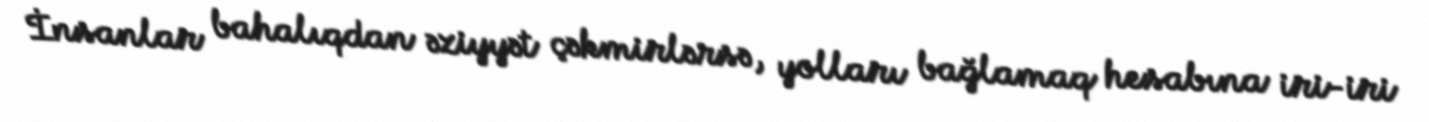
İnsanlar bahalıqdan əziyyət çəkmirlərsə, yolları bağlamaq hesabına iri-iri